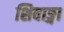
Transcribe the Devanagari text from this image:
शिवाङ्गा